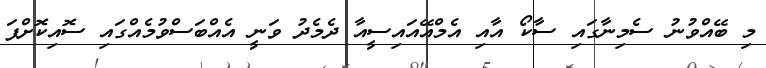
މި ބޭއްވުނު ސެމިނާގައި ސާކޯ އާއި އެމްއޭއައިސީއާ ދެމެދު ވަނީ އެއްބަސްވުމެއްގައި ސޮއިކޮށްފަ